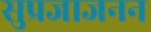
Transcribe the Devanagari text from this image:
सुप्रजाजनन